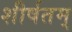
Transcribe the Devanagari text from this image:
शीर्षतम्